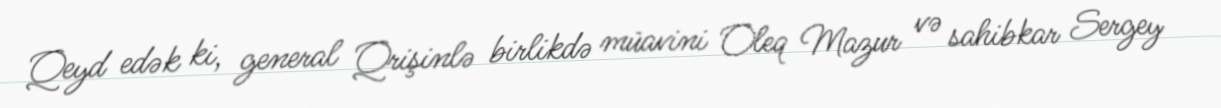
Qeyd edək ki, general Qrişinlə birlikdə müavini Oleq Mazur və sahibkar Sergey